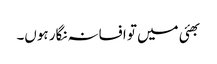
بھئی میں تو افسانہ نگار ہوں۔